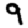
Digit: 9